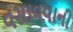
વસાવવાની